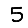
Digit: 5